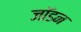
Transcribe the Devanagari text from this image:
जॉडन